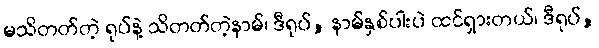
မသိတတ်တဲ့ ရုပ်နဲ့ သိတတ်တဲ့နာမ်၊ ဒီရုပ်, နာမ်နှစ်ပါးပဲ ထင်ရှားတယ်၊ ဒီရုပ်,